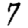
Digit: 7